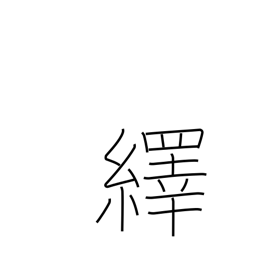
Meaning: pull out